65_HS1-834228961_62-HQ-83894_Serial_220
Agency: FBI
Page 11
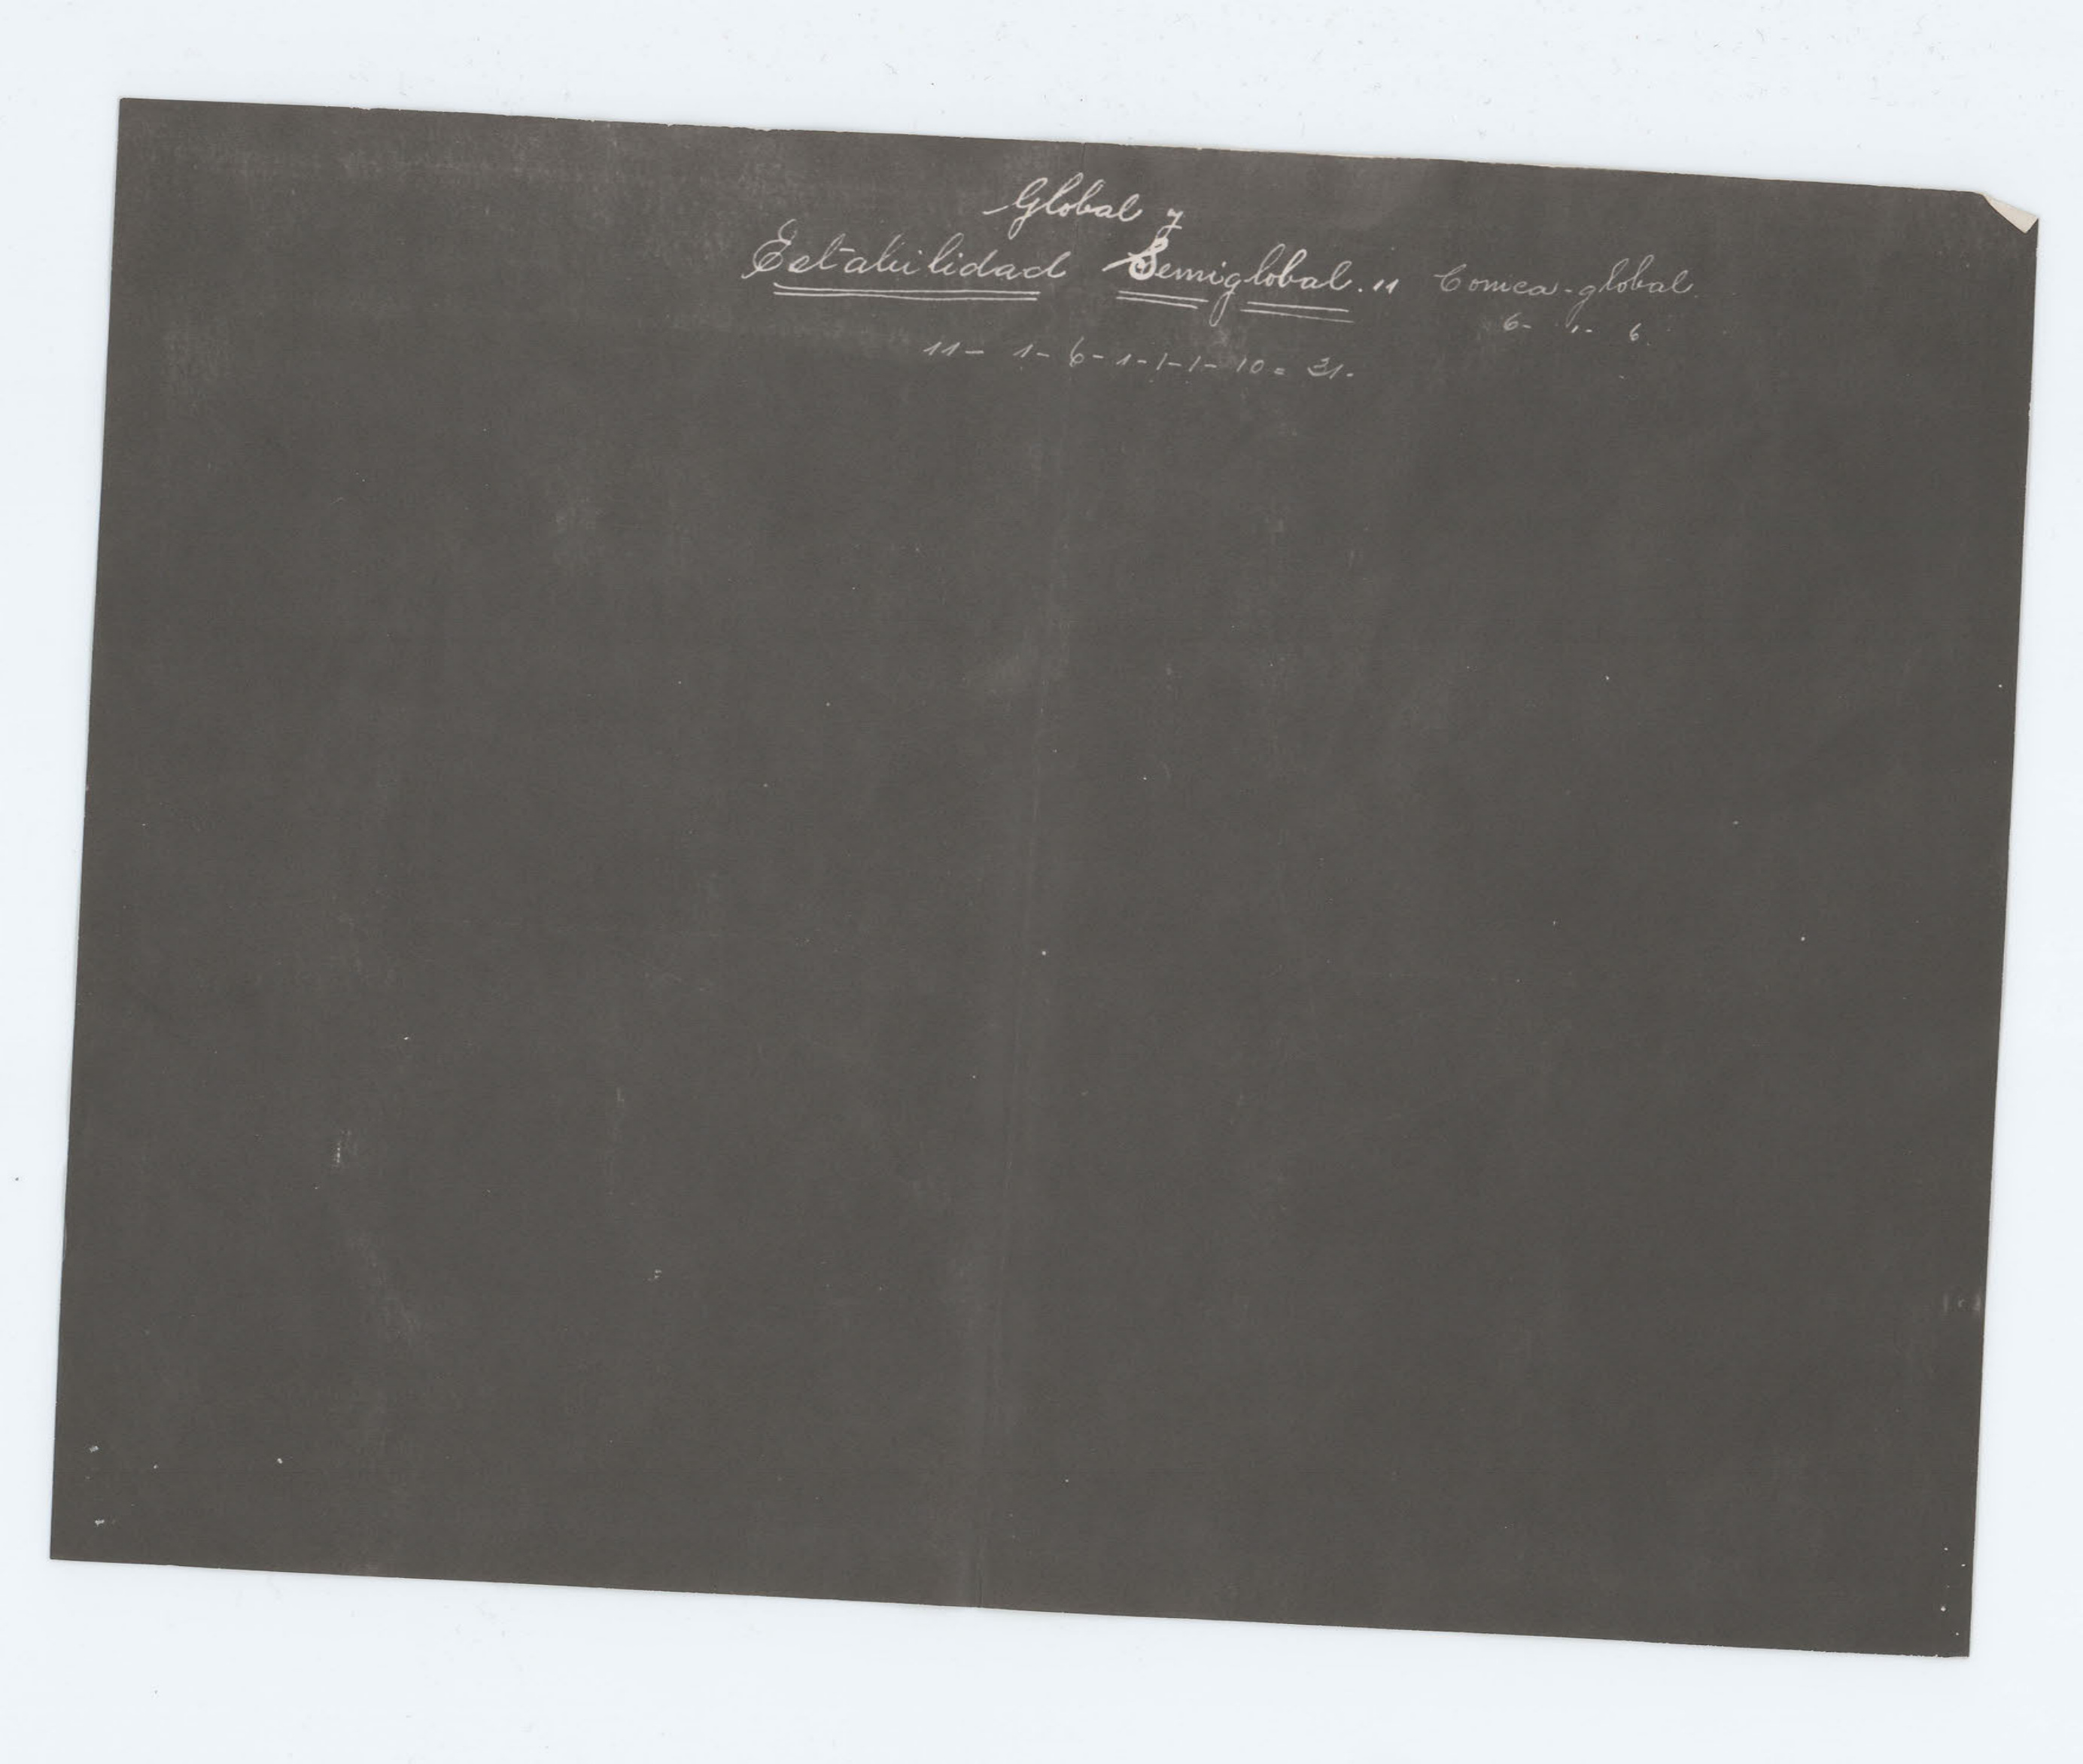